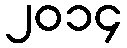
၂၀၁၄